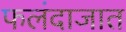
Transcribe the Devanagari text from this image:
फलंदाजात